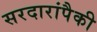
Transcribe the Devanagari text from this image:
सरदारांपैकी